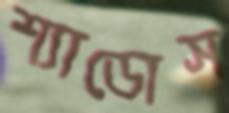
শ্যাডোস